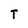
Character: T